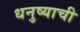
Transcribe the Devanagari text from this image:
धनुष्याची